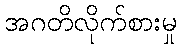
အဂတိလိုက်စားမှု